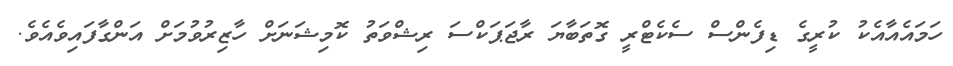
ހަމައެއާއެކު ކުރީގެ ޑިފެންސް ސެކެޓްރީ ގޮތަބާޔަ ރާޖަޕަކްސަ ރިޝްވަތު ކޮމިޝަނަށް ހާޒިރުވުމަށް އަންގާފައިވެއެވެ.